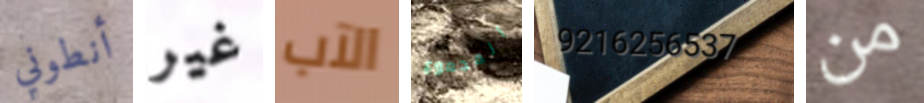
أنطوني غير الآب المجموع 9216256537 من